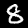
Digit: 8